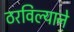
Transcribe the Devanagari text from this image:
ठरविल्याने